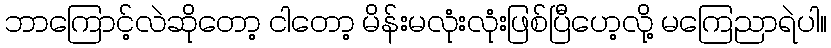
ဘာကြောင့်လဲဆိုတော့ ငါတော့ မိန်းမလုံးလုံးဖြစ်ပြီဟေ့လို့ မကြေညာရဲပါ။